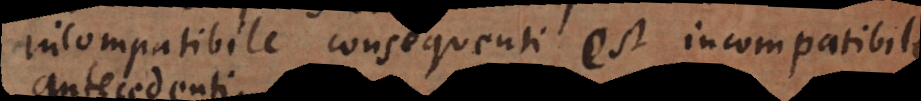
Incompatibile consequenti est incompatibile